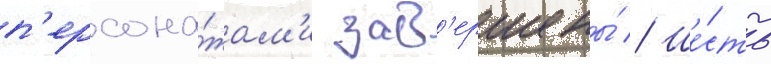
п'ерсона́жам'и зав'ершены́ // Ше́сть